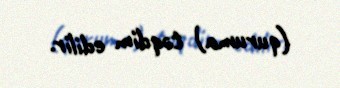
(quruma) təqdim edilir.